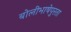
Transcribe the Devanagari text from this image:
बोलीभाषेपुरता